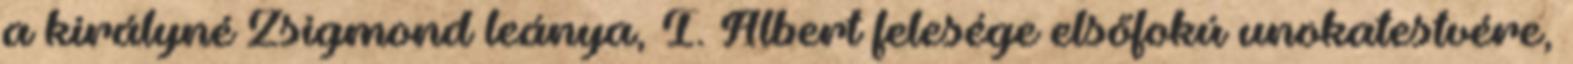
a királyné Zsigmond leánya, I. Albert felesége elsőfokú unokatestvére,